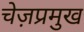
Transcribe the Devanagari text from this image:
चेज़प्रमुख